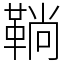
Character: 鞝